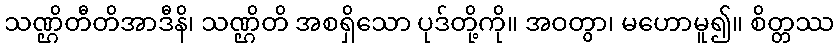
သဏ္ဌိတီတိအာဒီနိ၊ သဏ္ဌိတိ အစရှိသော ပုဒ်တို့ကို။ အဝတွာ၊ မဟောမူ၍။ စိတ္တဿ